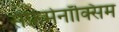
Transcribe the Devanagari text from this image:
सेफ़मेनॉक्सिम